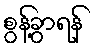
စွန့်ခွာရန်